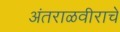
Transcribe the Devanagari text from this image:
अंतराळवीराचे